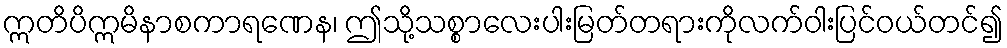
ဣတိပိဣမိနာစကာရဏေန၊ ဤသို့သစ္စာလေးပါးမြတ်တရားကိုလက်ဝါးပြင်ဝယ်တင်၍